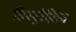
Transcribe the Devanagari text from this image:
डिस्ट्रोफ़िन